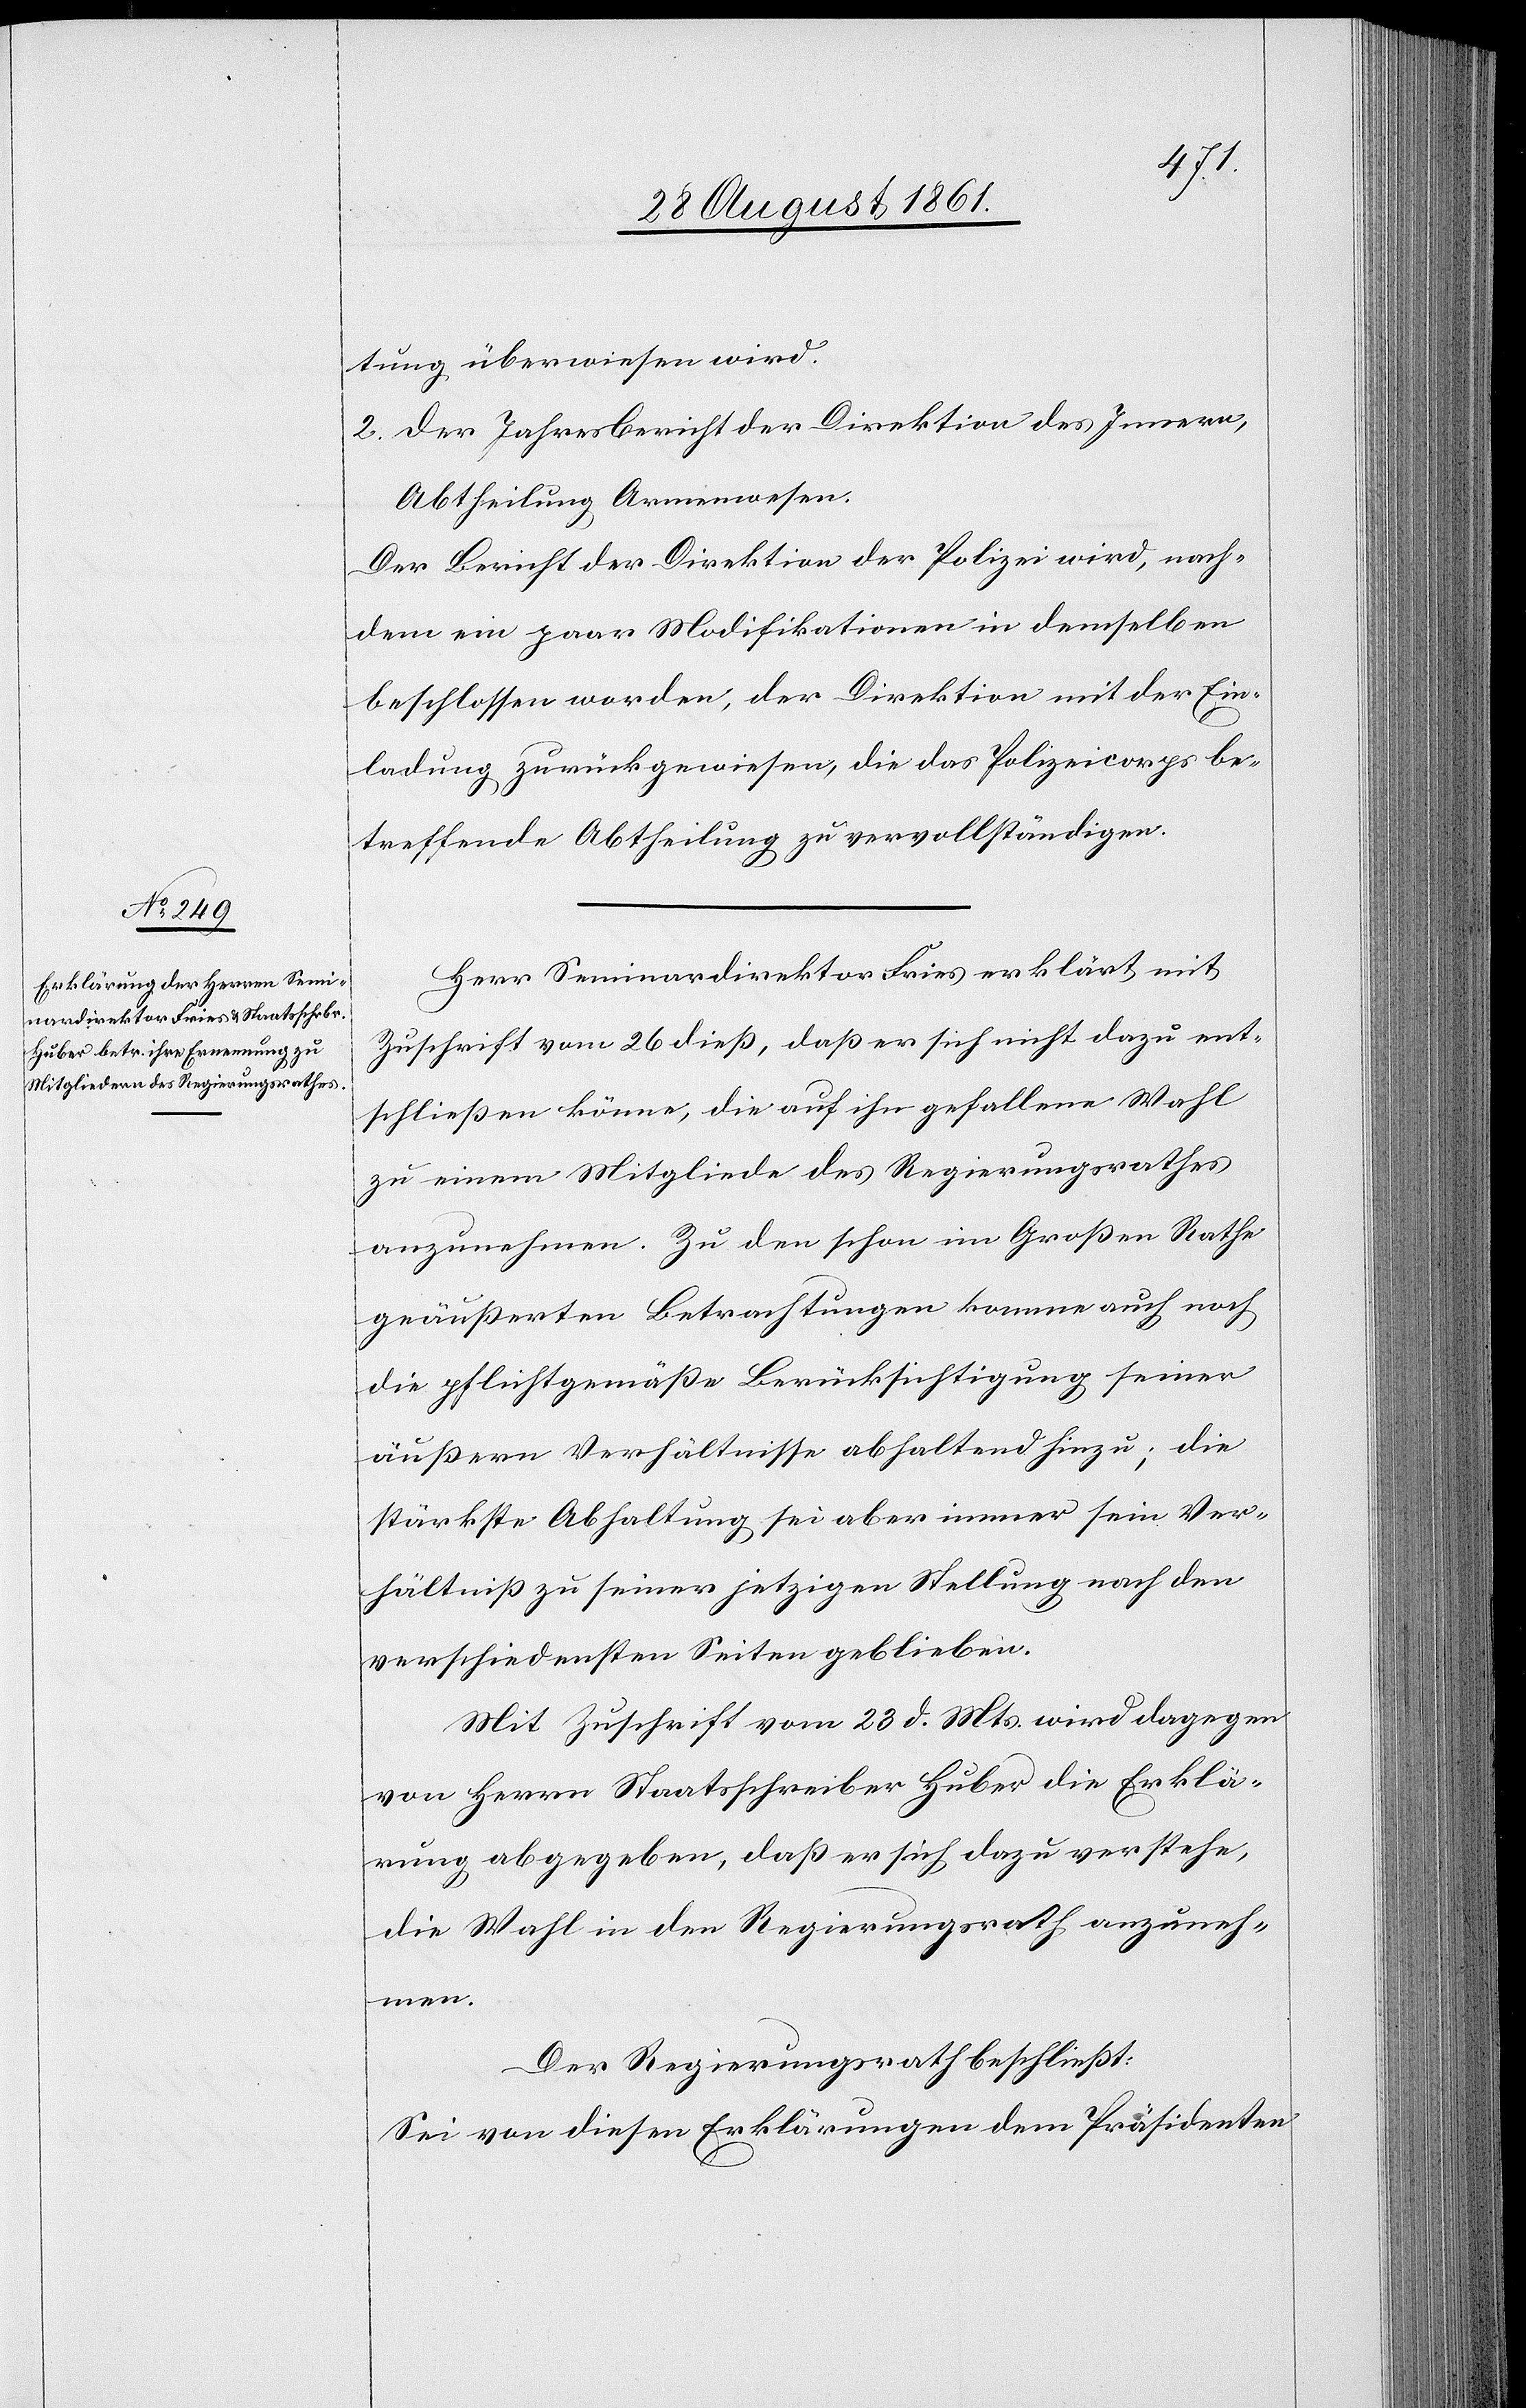
tung überwiesen wird.
2. Der Jahresbericht der Direktion des Innern,
Abtheilung Armenwesen.
Der Bericht der Direktion der Polizei wird, nach¬
dem ein paar Modifikationen in demselben
beschlossen worden, der Direktion mit der Ein¬
ladung zurückgewiesen, die das Polizeicorps be¬
treffende Abtheilung zu vervollständigen.
Herr Seminardirektor Fries erklärt mit
Zuschrift vom 26 dieß, daß er sich nicht dazu ent¬
schließen könne, die auf ihn gefallene Wahl
zu einem Mitgliede des Regierungsrathes
anzunehmen. Zu den schon im Großen Rathe
geäußerten Betrachtungen komme auch noch
die pflichtgemäße Berücksichtigung seiner
äußern Verhältnisse abhaltend hinzu; die
stärkste Abhaltung sei aber immer sein Ver¬
hältniß zu seiner jetzigen Stellung nach den
verschiedensten Seiten geblieben.
Mit Zuschrift vom 23 d. Mts. wird dagegen
von Herrn Staatsschreiber Huber die Erklä¬
rung abgegeben, daß er sich dazu verstehe,
die Wahl in den Regierungsrath anzuneh¬
men.
Der Regierungsrath beschließt:
Sei von diesen Erklärungen dem Präsidenten